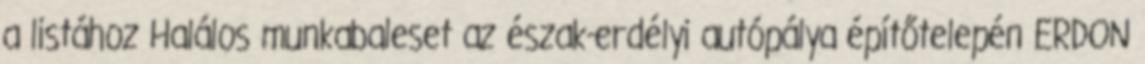
a listához Halálos munkabaleset az észak-erdélyi autópálya építőtelepén ERDON